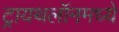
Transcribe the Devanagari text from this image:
ट्रायथलॉनमध्ये